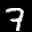
Label: 7